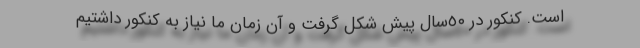
است. کنکور در ٥٠سال پیش شکل گرفت و آن زمان ما نیاز به کنکور داشتیم